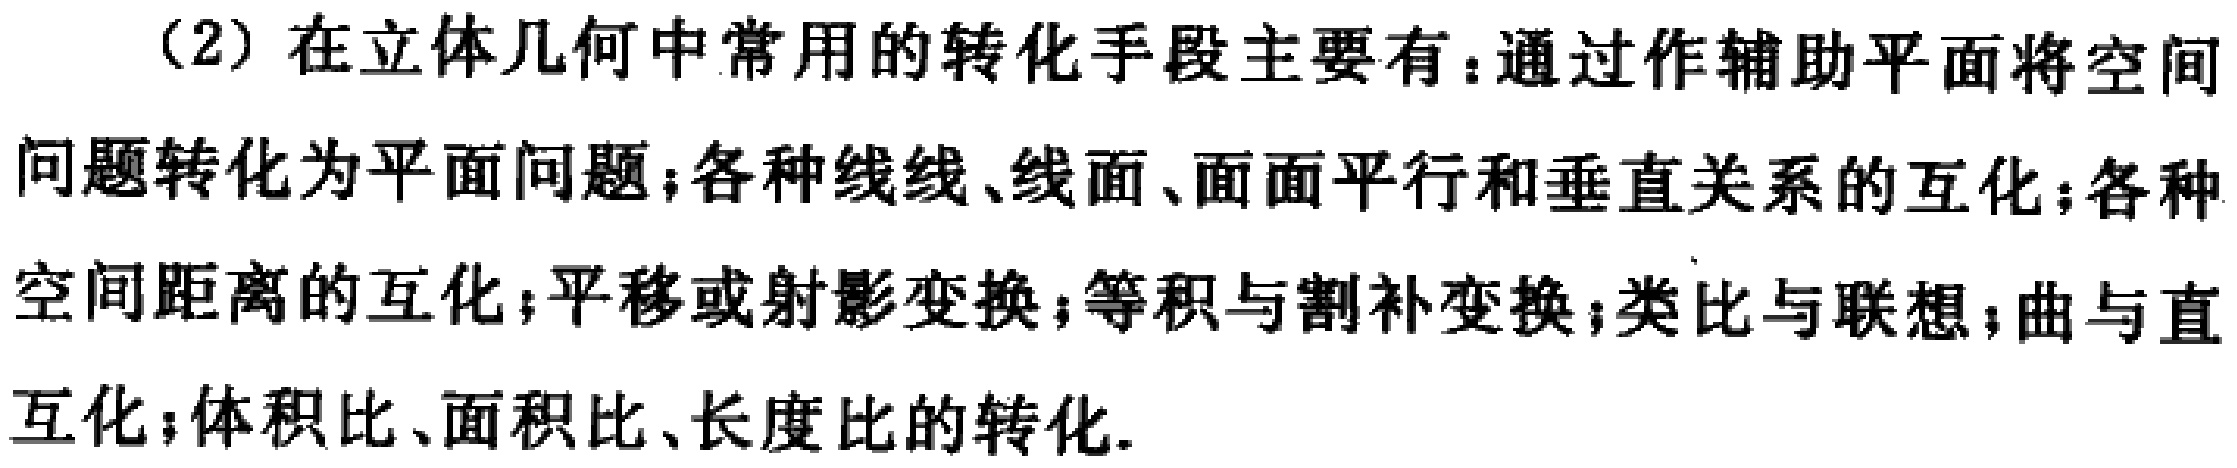
（2）在立体几何中常用的转化手段主要有：通过作辅助平面将空间问题转化为平面问题；各种线线、线面、面面平行和垂直关系的互化；各种空间距离的互化；平移或射影变换；等积与割补变换；类比与联想；曲与直互化；体积比、面积比、长度比的转化.